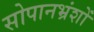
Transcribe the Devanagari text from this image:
सोपानभ्रंशों